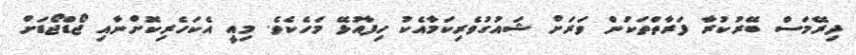
ދިރޭމަސް ބޭރުކުރާ ފަރާތްތަކުން ވަރަށް ޝައުގުވެރިކަމާއެކު ހިފާއުޅޭ މަހެކެވެ. މިއީ އެކަހެރިކޮށްނާއި ޖޯޑްޖޯޑަށް